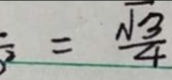
\frac { a b } { \sqrt { a ^ { 2 } + b ^ { 2 } } } = \frac { \sqrt { 3 } } { 4 }